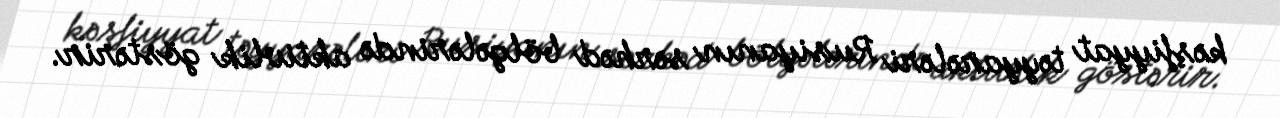
kəşfiyyat təyyarələri Rusiyanın sərhəd bölgələrində aktivlik göstərir.